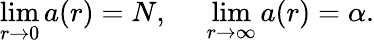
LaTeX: \operatorname*{lim}_{r\rightarrow 0}a(r)=N,\: \: \: \: \: \: \operatorname*{lim}_{r\rightarrow\infty}a(r)=\alpha.